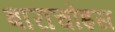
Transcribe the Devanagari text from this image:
बाराचोइस